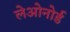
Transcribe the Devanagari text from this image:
लेओनोर्ड